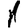
Digit: 1